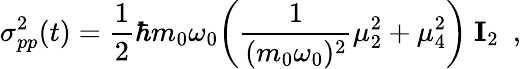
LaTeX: \sigma_{pp}^{2}(t)={\frac{1}{2}}\hbar m_{0}\omega_{0}\biggl({\frac{1}{(m_{0}\omega_{0})^{2}}}\mu_{2}^{2}+\mu_{4}^{2}\biggr)\ {\mathbf I_{2}}\ \ ,